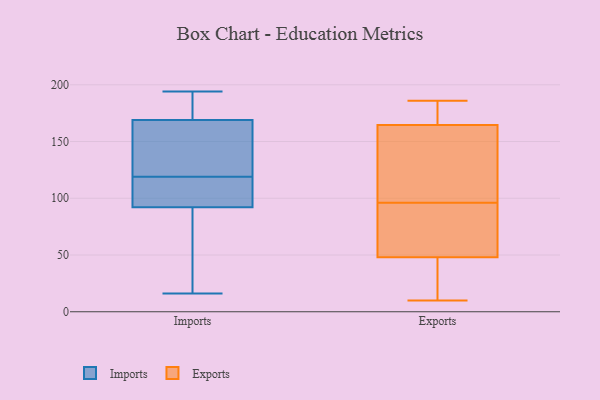
{"axis": {"x": "Waste Production (Tons)", "y": "Value"}, "legend": ["Exports", "Imports"], "data": [{"x": "", "y": 50, "type": "Imports"}, {"x": "", "y": 178, "type": "Imports"}, {"x": "", "y": 111, "type": "Imports"}, {"x": "", "y": 169, "type": "Imports"}, {"x": "", "y": 185, "type": "Imports"}, {"x": "", "y": 127, "type": "Imports"}, {"x": "", "y": 153, "type": "Imports"}, {"x": "", "y": 92, "type": "Imports"}, {"x": "", "y": 194, "type": "Imports"}, {"x": "", "y": 167, "type": "Imports"}, {"x": "", "y": 114, "type": "Imports"}, {"x": "", "y": 24, "type": "Imports"}, {"x": "", "y": 102, "type": "Imports"}, {"x": "", "y": 16, "type": "Imports"}, {"x": "", "y": 84, "type": "Imports"}, {"x": "", "y": 124, "type": "Imports"}, {"x": "", "y": 114, "type": "Imports"}, {"x": "", "y": 182, "type": "Imports"}, {"x": "", "y": 167, "type": "Exports"}, {"x": "", "y": 41, "type": "Exports"}, {"x": "", "y": 10, "type": "Exports"}, {"x": "", "y": 102, "type": "Exports"}, {"x": "", "y": 121, "type": "Exports"}, {"x": "", "y": 179, "type": "Exports"}, {"x": "", "y": 90, "type": "Exports"}, {"x": "", "y": 19, "type": "Exports"}, {"x": "", "y": 55, "type": "Exports"}, {"x": "", "y": 162, "type": "Exports"}, {"x": "", "y": 86, "type": "Exports"}, {"x": "", "y": 12, "type": "Exports"}, {"x": "", "y": 183, "type": "Exports"}, {"x": "", "y": 84, "type": "Exports"}, {"x": "", "y": 186, "type": "Exports"}, {"x": "", "y": 118, "type": "Exports"}]}